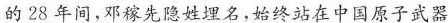
的28年间，邓稼先隐姓埋名，始终站在中国原子武器